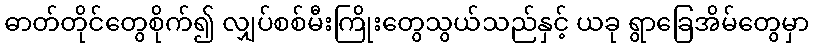
ဓာတ်တိုင်တွေစိုက်၍ လျှပ်စစ်မီးကြိုးတွေသွယ်သည်နှင့် ယခု ရွာခြေအိမ်တွေမှာ